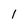
Character: 1